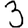
Digit: 3